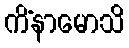
ကိံနာမောသိ